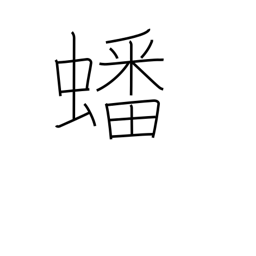
Meaning: coiled up